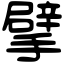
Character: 擘